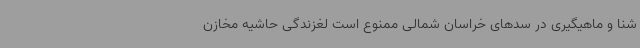
شنا و ماهیگیری در سدهای خراسان شمالی ممنوع است لغزندگی حاشیه مخازن